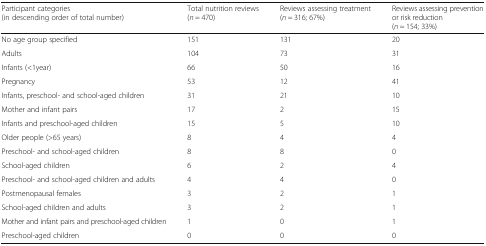
| Participant categories(in descending order of total number) | Total nutrition reviews(n = 470) | Reviews assessing treatment(n = 316; 67%) | Reviews assessing prevention or risk reduction(n = 154; 33%) |
 | --- | --- | --- | --- |
 | No age group specified | 151 | 131 | 20 |
 | Adults | 104 | 73 | 31 |
 | Infants (<1year) | 66 | 50 | 16 |
 | Pregnancy | 53 | 12 | 41 |
 | Infants, preschool- and school-aged children | 31 | 21 | 10 |
 | Mother and infant pairs | 17 | 2 | 15 |
 | Infants and preschool-aged children | 15 | 5 | 10 |
 | Older people (>65 years) | 8 | 4 | 4 |
 | Preschool- and school-aged children | 8 | 8 | 0 |
 | School-aged children | 6 | 2 | 4 |
 | Preschool- and school-aged children and adults | 4 | 4 | 0 |
 | Postmenopausal females | 3 | 2 | 1 |
 | School-aged children and adults | 3 | 2 | 1 |
 | Mother and infant pairs and preschool-aged children | 1 | 0 | 1 |
 | Preschool-aged children | 0 | 0 | 0 |